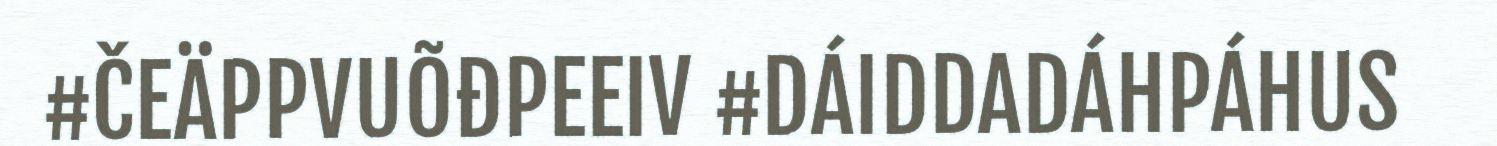
#ČEÄPPVUÕĐPEEIV #DÁIDDADÁHPÁHUS